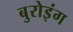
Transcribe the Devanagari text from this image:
बुरोइंग